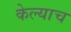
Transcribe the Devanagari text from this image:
केल्याच